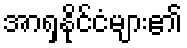
အာရှနိုင်ငံများ၏